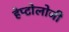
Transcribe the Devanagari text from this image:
हेप्टोलोजी